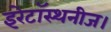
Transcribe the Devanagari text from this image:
इरेटॉस्थनीज।